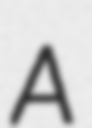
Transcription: A